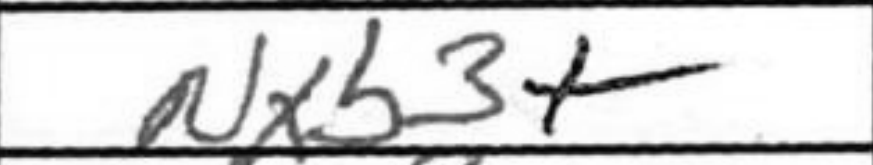
Transcription: Nxb3+